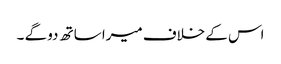
اس کے خلاف میرا ساتھ دو گے ۔